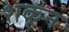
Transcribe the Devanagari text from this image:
शकून